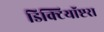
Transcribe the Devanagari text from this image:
डिक्टियॉप्टरा